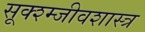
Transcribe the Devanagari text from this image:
सूक्श्म्जीवशास्त्र